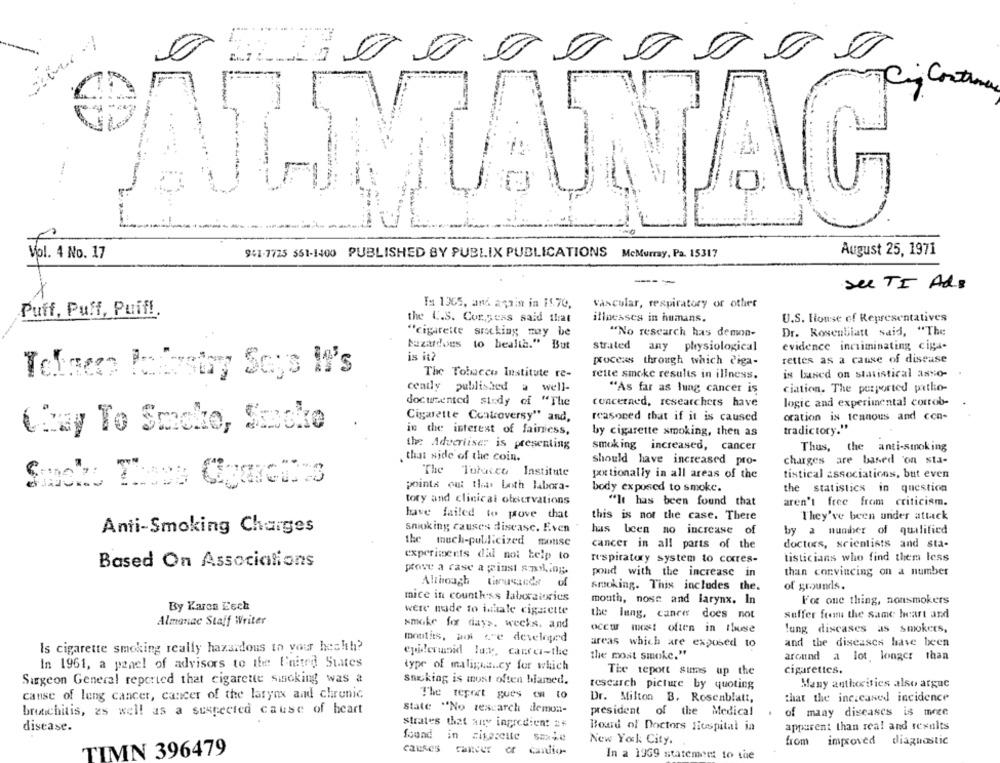
ALMANAC
August 25, 1971
Vol. 4 No. 17
941-7725 551-1400 PUBLISHED BY PUBLIX PUBLICATIONS McMurray, Pa. 15317
---
see TI Ads
Ta 1365, and again in 11.70,
vascular, respiratory or other
Puff, Puff, Puif!
the C.S. Con.pess said that
illnesses in humans.
U.S. House of Representatives
"cigarette srocking may be
"No research has demon-
Dr. Rosenblatt said, "The
hazardous to health." But
strated any physiological
evidence incriminating ciga-
is it?
process through which diga-
rettes as a cause of disease
The Tobacco Institute re-
rette smoke results in illness.
is based on statistical asso-
Telser Patestry Says It's
ceally published a well-
"As far as lung cancer is
ciation. The purported patho-
documented study of "The
concerned, researchers have
logic and experimental corrob-
Cigarette Controversy"' and,
reasoned that if it is caused
oration is tennous and con-
WRay To Smoke, Smoke
in the interest of fainiess,
by cigarette smoking, then as
tradictory."
the Advertiser is presenting
smoking increased, cancer
Thus, the anti-smoking
. that side of the coin.
should have increased pro-
charges are based 'on sta-
The Tobacco Institute
portionally in all areas of the
tistical associations, but even
points out that both labora-
body exposed to smoke.
the statistics in questica
tory and clinical obervations
"It has been found that
aren't free from criticism.
have failed to prove that
this is not the case. There
They've been under attack
Anti-Smoking Charges
Snioking causes disease. Even
has been no increase of
by a number of qualified
the much-publicized mouse
cancer in all parts of the
doctors, scientists and sta-
experiments dal not help to
tisticians who find them less
Based On Associations
respiratory system to cores-
pove a case a pinst smiling.
poud with the increase in
than convincing on a number
Although
Smoking. This includes the.
of grounds.
mice in countk'ss laluxstories
mouth, nose and larynx. In
For one thing, nonsmokers
By Karen Eech
were nade to isaale cigarette
the lung, cancer
does not
suffer from the same heart and
Almanac Staff Writer
smoke for days. wecks. and
ocew most often in thusse
lung diseases as smokers,
montis, wo ce developed
and the diseases have been
Is cigarette smoking really hazardous to your heshth?
areas which are exposed to
epilerunid lucy, cancel-the
the most smoke."
around a lot. longer than
In 1961, a panel of advisors to the United States
type of malignancy for which
The report sums up the
cigarettes.
Surgeon General reported that cigarette smoking was a
sacking is most often hlamed.
research picture by quoting
Many authorities also argue
cause of lung cancer, cancer of the larynx and chronic
The report gues om to
Dr. Milton B. Rosenblatt,
that the increased incidence
state "No rescarch demon-
bronchitis, as well as a suspected cause of heart
president of the Medical
of many diseases is more
strates that any ingredient 2+
apparent than rea! and results
disease.
Board of Doctors Hospital in
found in cigarette saxle
New York City.
from
diagnostic
improved
TIMN 396479
causes cancer er canlio-
In a 1969 statement to the